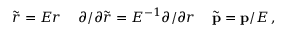
{ \widetilde r } = E r \, \quad \partial / \partial { \widetilde r } = E ^ { - 1 } \partial / \partial r \, \quad { \widetilde { \bf p } } = { \bf p } / E \, ,